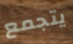
يتجمع